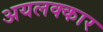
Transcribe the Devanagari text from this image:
अयलक्कार